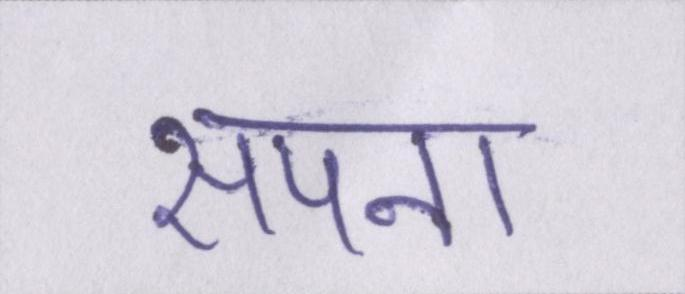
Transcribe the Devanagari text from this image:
सपना